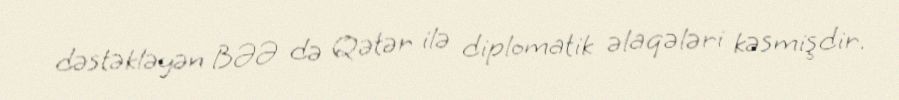
dəstəkləyən BƏƏ də Qətər ilə diplomatik əlaqələri kəsmişdir.